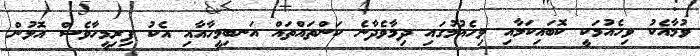
ވުމާއެކު ވިހެއުމަކީ ކޮބައިކަމާއި ވިހެއުމުގައި ދިމާވެދާނެ ކަންތައްތައް އަނބިމީހާއާއި އެކު ފިރިމީހާވެސް އޮޅުން